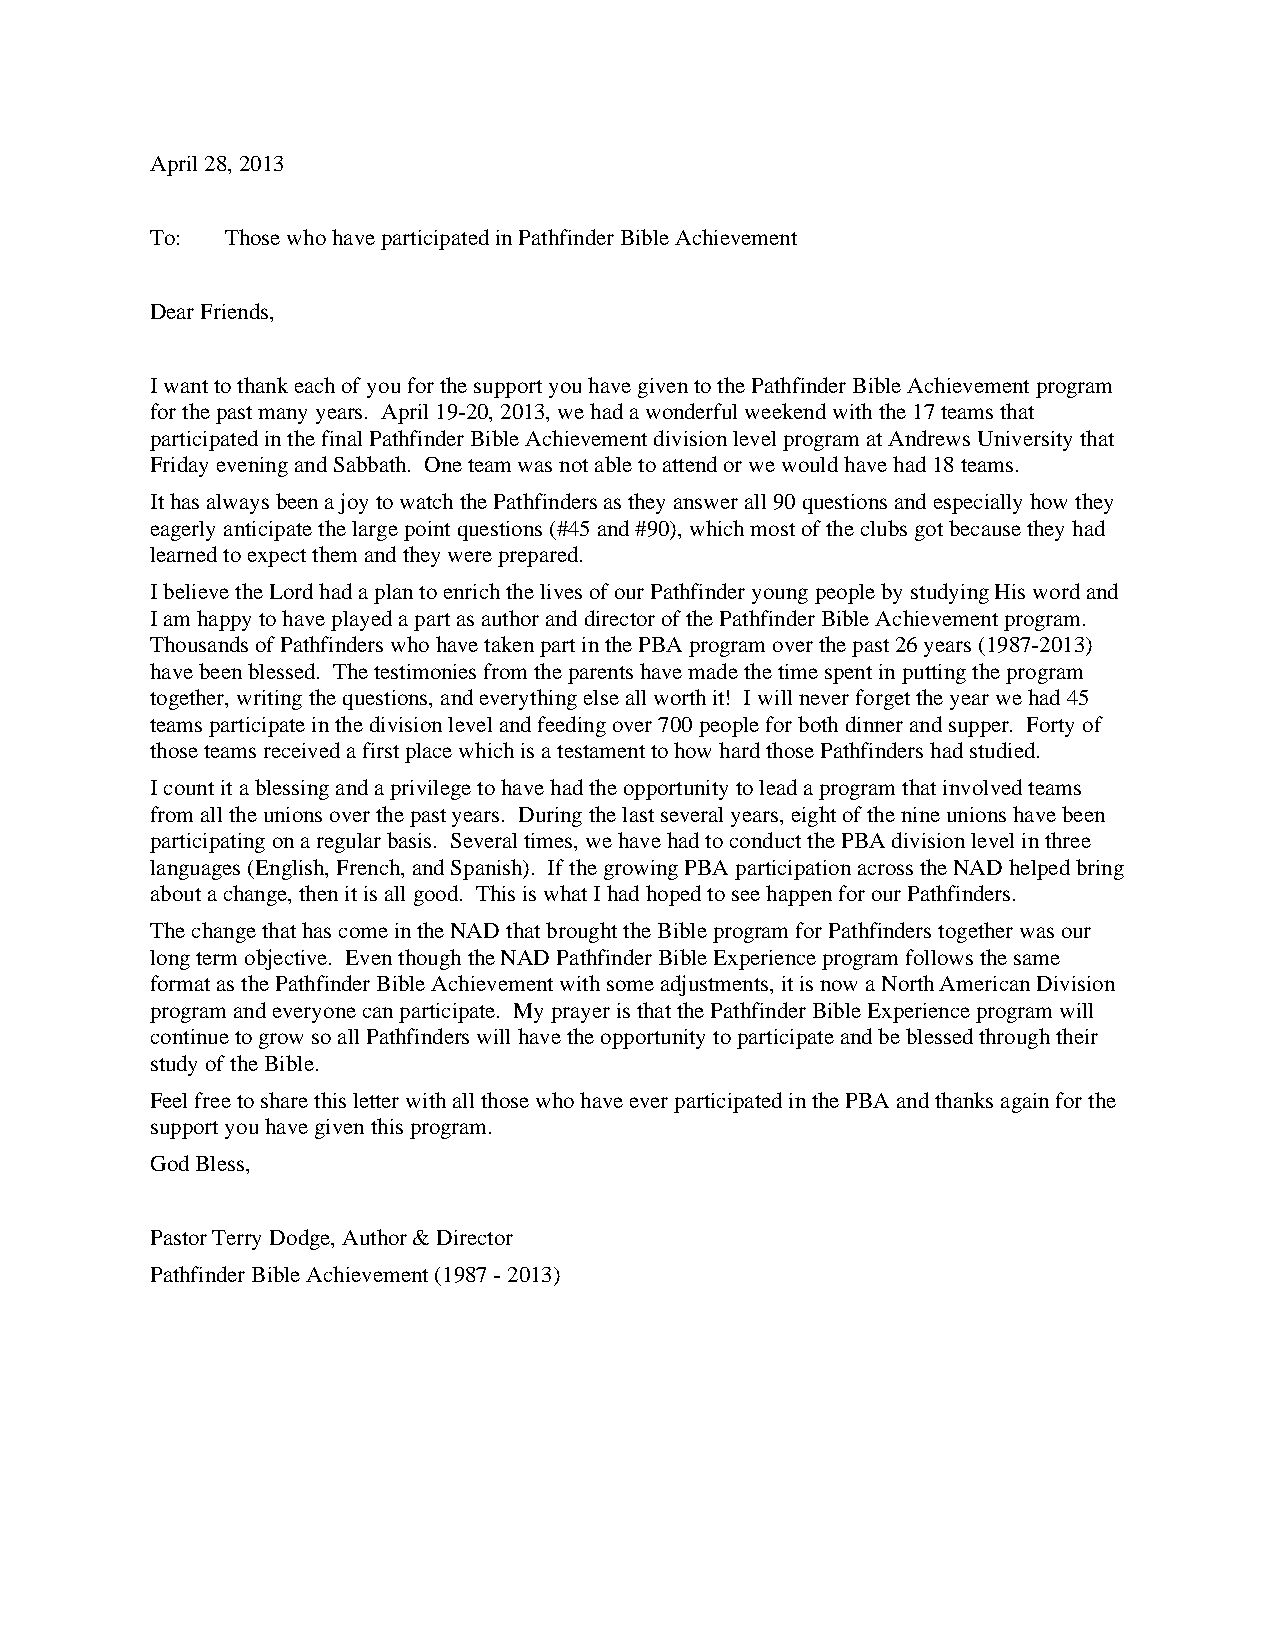
April 28, 2013
 To:  Those who have participated in Pathfinder Bible Achievement
 Dear Friends,
 I want to thank each of you for the support you have given to the Pathfinder Bible Achievement program
 for the past many years. April 19-20, 2013, we had a wonderful weekend with the 17 teams that
 participated in the final Pathfinder Bible Achievement division level program at Andrews University that
 Friday evening and Sabbath. One team was not able to attend or we would have had 18 teams.
 It has always been a joy to watch the Pathfinders as they answer all 90 questions and especially how they
 eagerly anticipate the large point questions (#45 and #90), which most of the clubs got because they had
 learned to expect them and they were prepared.
 I believe the Lord had a plan to enrich the lives of our Pathfinder young people by studying His word and
 I am happy to have played a part as author and director of the Pathfinder Bible Achievement program.
 Thousands of Pathfinders who have taken part in the PBA program over the past 26 years (1987-2013)
 have been blessed. The testimonies from the parents have made the time spent in putting the program
 together, writing the questions, and everything else all worth it! I will never forget the year we had 45
 teams participate in the division level and feeding over 700 people for both dinner and supper. Forty of
 those teams received a first place which is a testament to how hard those Pathfinders had studied.
 I count it a blessing and a privilege to have had the opportunity to lead a program that involved teams
 from all the unions over the past years. During the last several years, eight of the nine unions have been
 participating on a regular basis. Several times, we have had to conduct the PBA division level in three
 languages (English, French, and Spanish). If the growing PBA participation across the NAD helped bring
 about a change, then it is all good. This is what I had hoped to see happen for our Pathfinders.
 The change that has come in the NAD that brought the Bible program for Pathfinders together was our
 long term objective. Even though the NAD Pathfinder Bible Experience program follows the same
 format as the Pathfinder Bible Achievement with some adjustments, it is now a North American Division
 program and everyone can participate. My prayer is that the Pathfinder Bible Experience program will
 continue to grow so all Pathfinders will have the opportunity to participate and be blessed through their
 study of the Bible.
 Feel free to share this letter with all those who have ever participated in the PBA and thanks again for the
 support you have given this program.
 God Bless,
 Pastor Terry Dodge, Author & Director
 Pathfinder Bible Achievement (1987 - 2013)